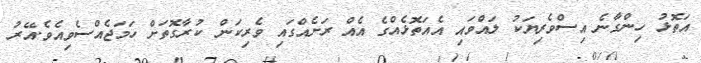
އަތޮޅު ހިންގާނެ އިސްވެރިޔަކު ލައްވައި އެއަތޮޅެއްގެ އެއް ރަށެއްގައި ވެރިކަން ކުރާގޮތަށް ހަމަޖެއްސެވިއެވެ.އޭރު